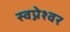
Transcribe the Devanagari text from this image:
स्वप्नेश्वर